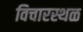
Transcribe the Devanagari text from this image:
विचारस्थळ